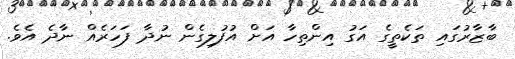
ބާޒާރުގައި ތަކެތީގެ އަގު އިންތިހާ އަށް އުފުލިގެން ނުދާ ފަހަރެއް ނާދެ އެވެ.